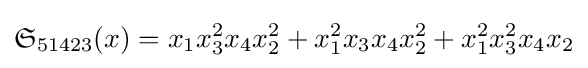
{\mathfrak {S}}_{51423}(x)=x_{1}x_{3}^{2}x_{4}x_{2}^{2}+x_{1}^{2}x_{3}x_{4}x_{2}^{2}+x_{1}^{2}x_{3}^{2}x_{4}x_{2}